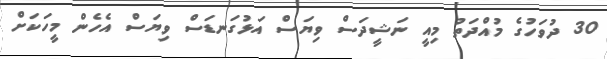
30 ދުވަހުގެ މުއްދަތު މިއީ ނަޝީދަސް ވިޔަސް އަޅުގަނޑަސް ވިޔަސް އެހެން މީހަކަށް